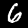
Digit: 6